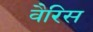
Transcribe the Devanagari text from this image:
वैरिस